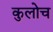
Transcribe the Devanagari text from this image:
कुलोच